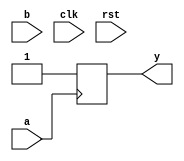
`timescale 1ns/1ps
`default_nettype none

module vsg(
    output reg y,
    input wire a,
    input wire b,
    input wire clk,
    input wire rst
);

initial y = 1'b1;

`ifdef TARGET_FPGA

reg prev_a;
initial prev_a = 1'b0;

reg [5:0] count;
reg [5:0] next_count;
initial count = 0;
initial next_count = 0;

always @(*) begin
    if ((count > 6'd0) & (count < 6'd20)) begin
        y = b;
    end else begin
        y = 1'b1;
    end
end

always @(*) begin
    if (count == 6'd0) begin
        if ((~prev_a) & a) begin
            next_count = 6'd35;
        end else begin
            next_count = 6'd0;
        end
    end else begin
        next_count = count - 6'd1;
    end
end

always @(posedge clk) begin
    if (~rst) begin
        prev_a <= 1'b0;
        count <= 6'd0;
    end else begin
        prev_a <= a;
        count <= next_count;
    end
end

`else

always @(posedge a) begin
    y <= #400 b;
    y <= #460 1;
end

`endif

endmodule
`default_nettype wire